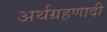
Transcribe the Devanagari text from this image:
अर्थग्रहणादी